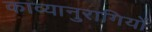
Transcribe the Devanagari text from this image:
काव्यानुरागियों